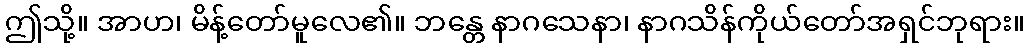
ဤသို့။ အာဟ၊ မိန့်တော်မူလေ၏။ ဘန္တေ နာဂသေနာ၊ နာဂသိန်ကိုယ်တော်အရှင်ဘုရား။